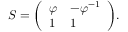
S = { \left( \begin{array} { l l } { \varphi } & { - \varphi ^ { - 1 } } \\ { 1 } & { 1 } \end{array} \right) } .